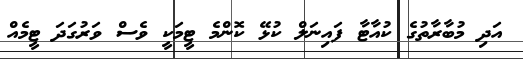
އަދި މުބާރާތުގެ ކުއާޓާ ފައިނަލް ކުޅޭ ކޮންމެ ޓީމަކީ ވެސް ވަރުގަދަ ޓީމެއް